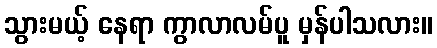
သွားမယ့် နေရာ ကွာလာလမ်ပူ မှန်ပါသလား။